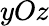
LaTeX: yOz